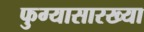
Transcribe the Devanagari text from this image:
फुग्यासारख्या